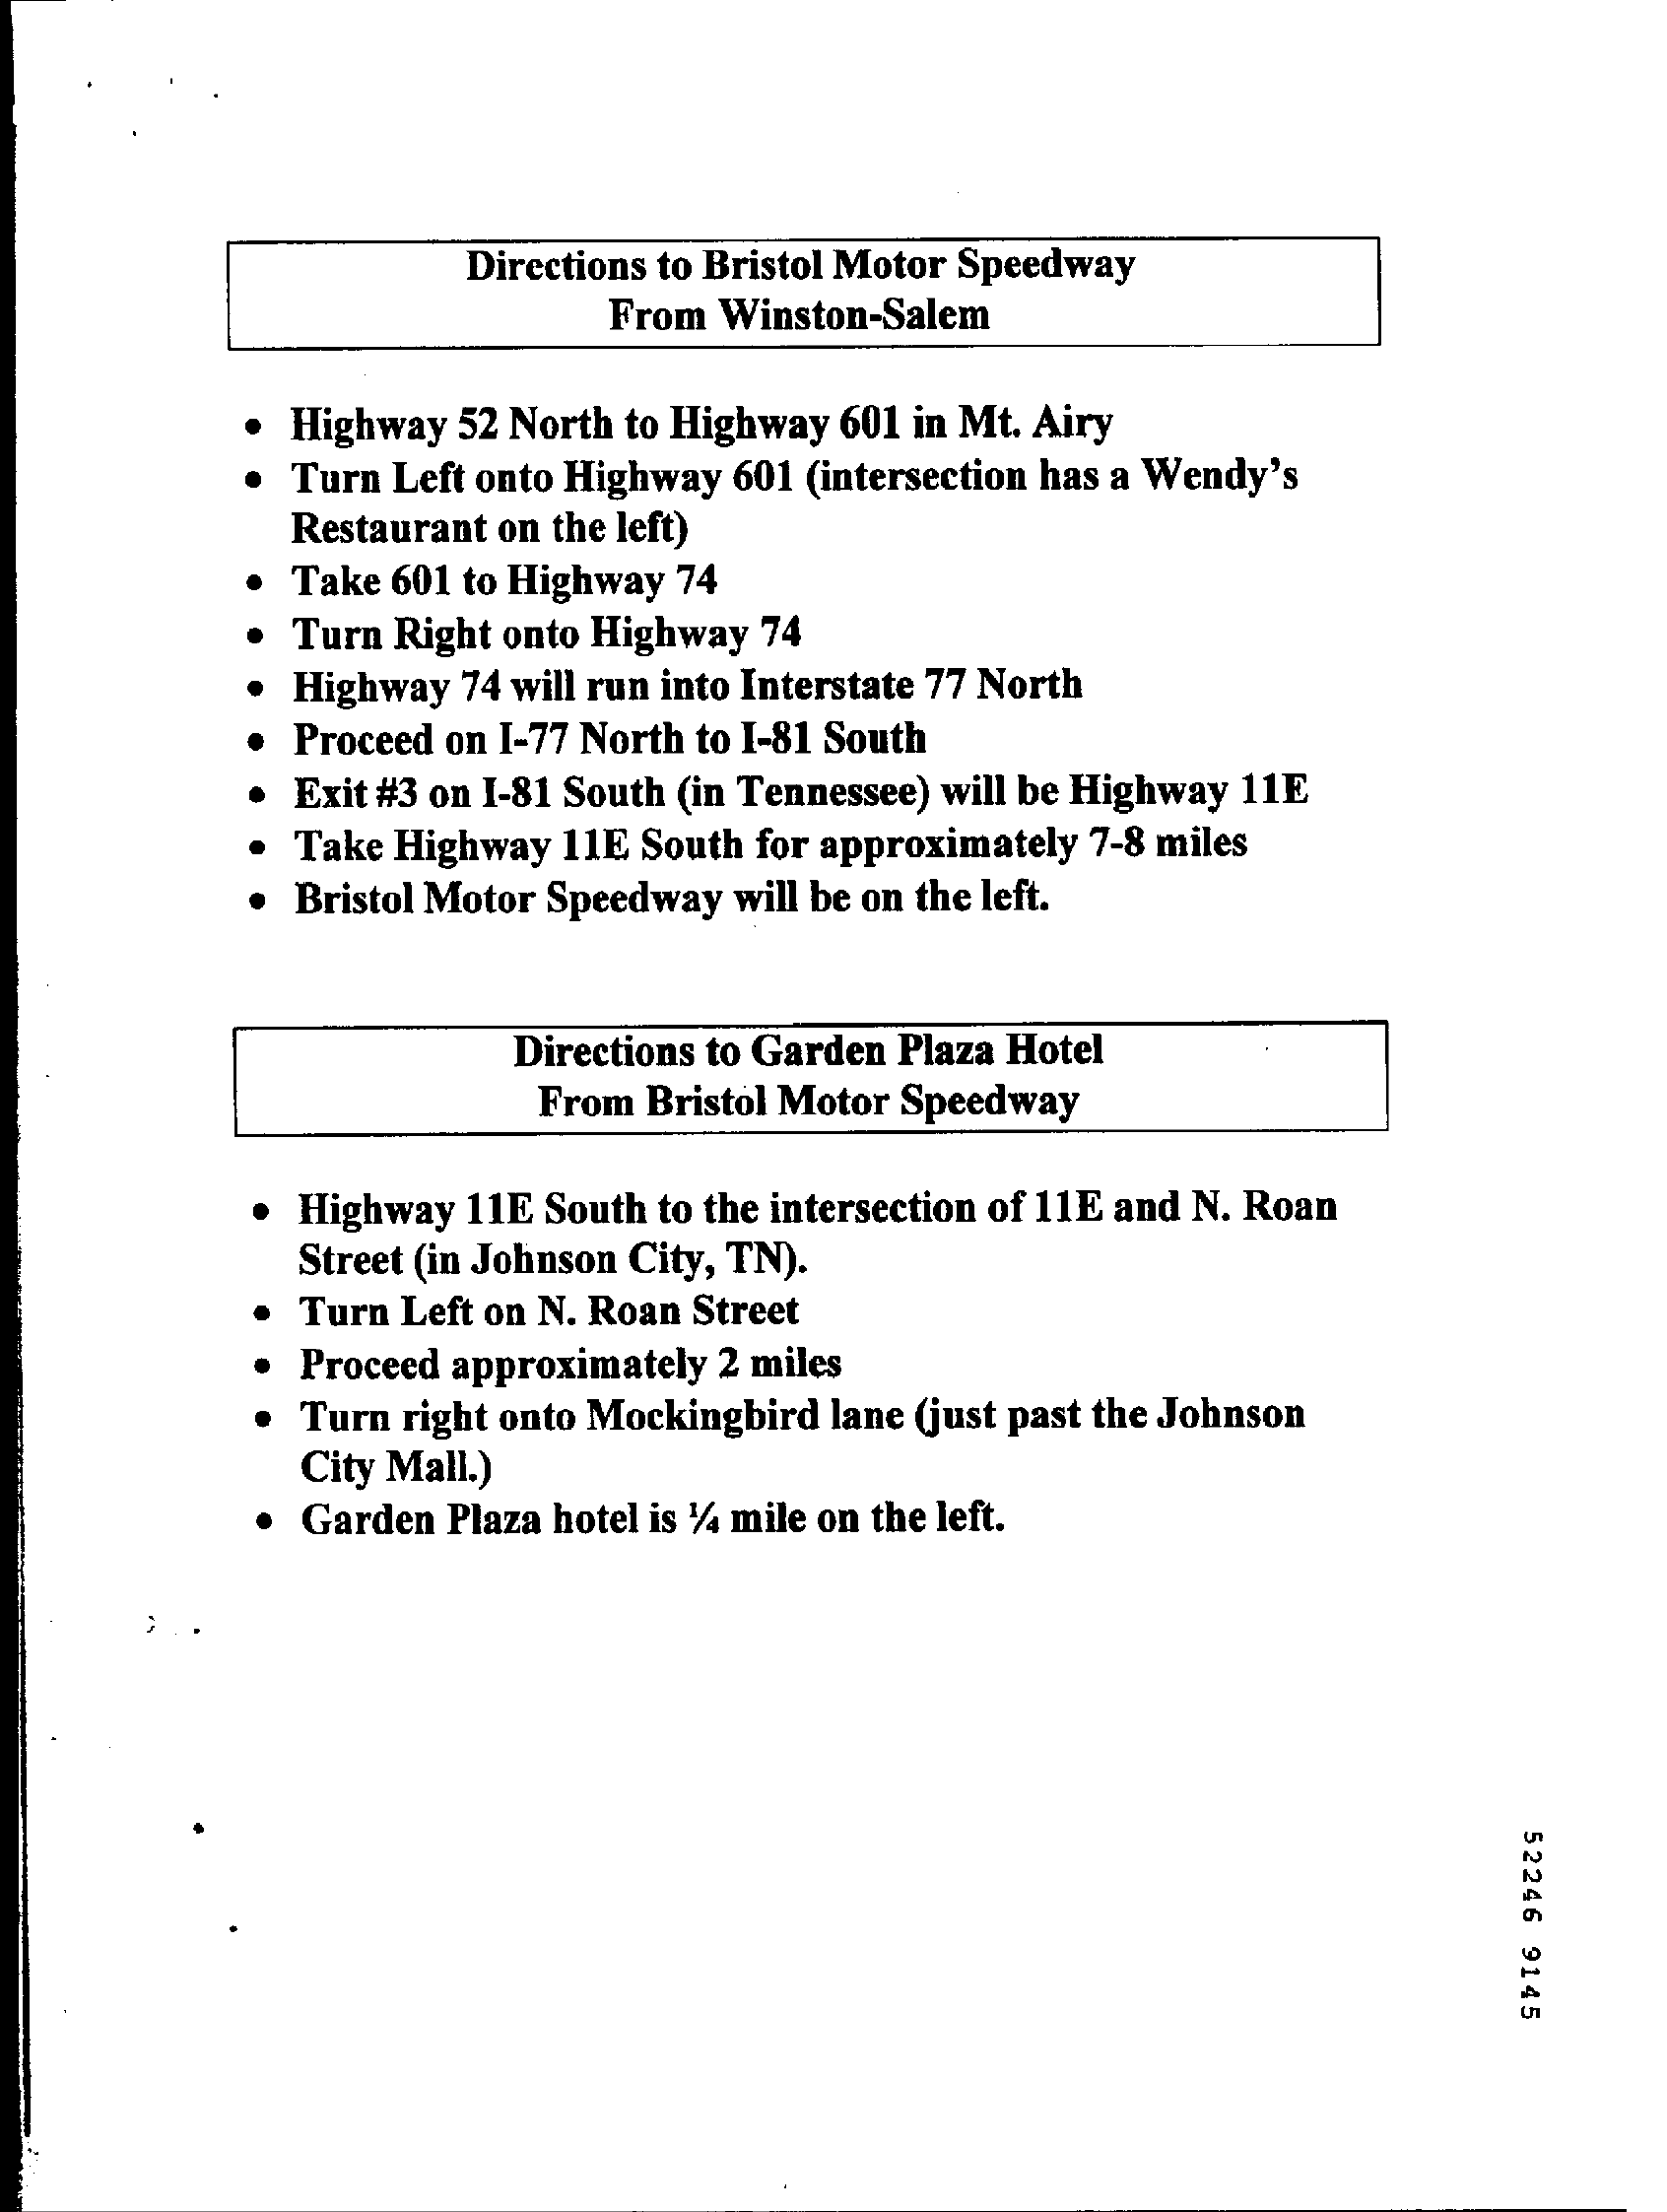
Directions to Bristol Motor Speedway
     From Winston-Salem
     . Highway 52 North to Highway 601 in Mt. Airy
     . Turn Left onto Highway 601 (intersection has a Wendy's
     Restaurant on the left)
     Take 601 to Highway 74
     Turn Right onto Highway 74
     Highway 74 will run into Interstate 77 North
     Proceed on I-77 North to 1-81 South
     Exit #3 on 1-81 South (in Tennessee) will be Highway 11E
     Take Highway 11E South for approximately 7-8 miles
     Bristol Motor Speedway will be on the left.
     Directions to Garden Plaza Hotel
     From Bristol Motor Speedway
     Highway 11E South to the intersection of 11E and N. Roan
     Street (in Johnson City, TN).
     Turn Left on N. Roan Street
     Proceed approximately 2 miles
     Turn right onto Mockingbird lane (just past the Johnson
     City Mall.)
     . Garden Plaza hotel is 1/4 mile on the left.
     52246
     9145